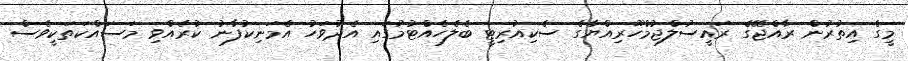
މީގެ އިތުރުން ރާއްޖޭގެ ރައީސުލްޖުމްހޫރިއްޔާގެ ސެކިއުރިޓީ ބެލެހެއްޓުމުގައި އެދުވަހު އެމަނިކުފާނު ކުރެއްވި މަސައްކަތަކީވެސް